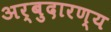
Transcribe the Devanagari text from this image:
अर्बुदारण्य